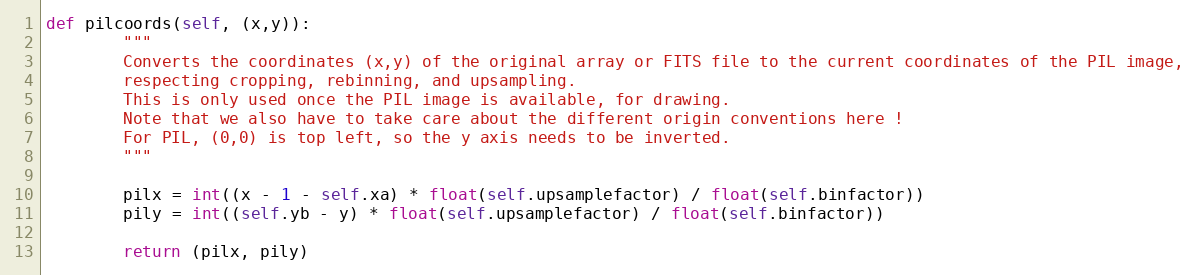
Language: Python
def pilcoords(self, (x,y)):
        """
        Converts the coordinates (x,y) of the original array or FITS file to the current coordinates of the PIL image,
        respecting cropping, rebinning, and upsampling.
        This is only used once the PIL image is available, for drawing.
        Note that we also have to take care about the different origin conventions here !
        For PIL, (0,0) is top left, so the y axis needs to be inverted.
        """

        pilx = int((x - 1 - self.xa) * float(self.upsamplefactor) / float(self.binfactor))
        pily = int((self.yb - y) * float(self.upsamplefactor) / float(self.binfactor))

        return (pilx, pily)